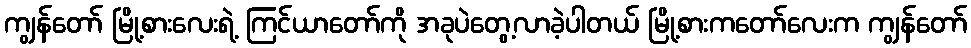
ကျွန်တော် မြို့စားလေးရဲ့ ကြင်ယာတော်ကို အခုပဲတွေ့လာခဲ့ပါတယ် မြို့စားကတော်လေးက ကျွန်တော်